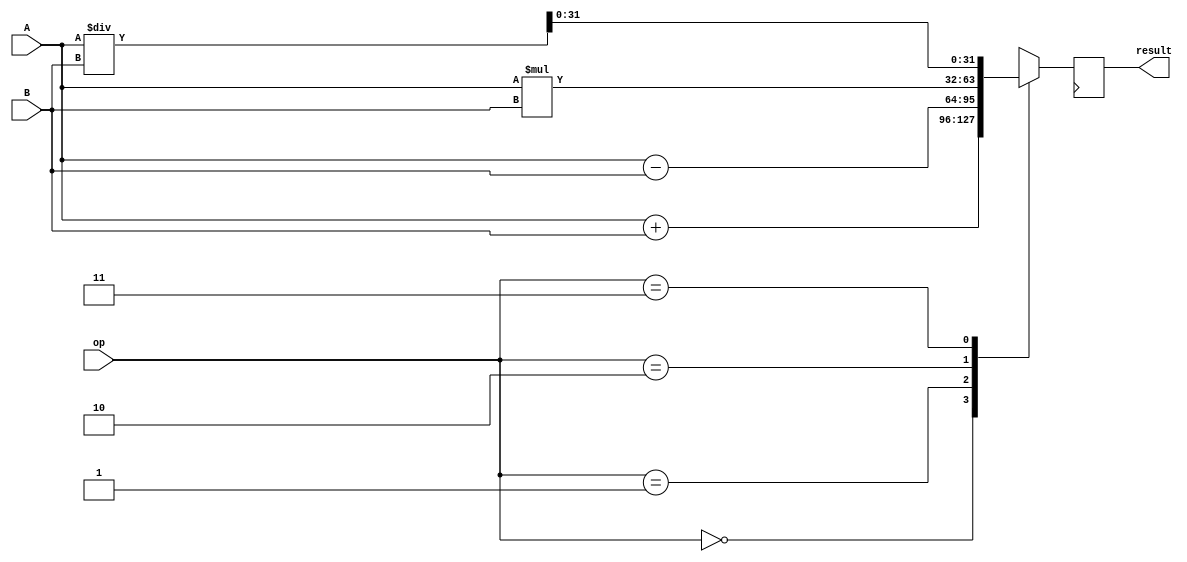
module fixed_point_unit (
    input [31:0] A,
    input [31:0] B,
    input [1:0] op,
    output reg [31:0] result
);

reg [63:0] temp_result;

always @(*) begin
    case(op)
        2'b00: temp_result = A + B; // Addition
        2'b01: temp_result = A - B; // Subtraction
        2'b10: temp_result = A * B; // Multiplication
        2'b11: temp_result = A / B; // Division
    endcase
end

always @(posedge clk) begin
    // Implement rounding and precision control here
    // Ensure accurate results during arithmetic calculations
    result <= temp_result[31:0];
end

endmodule